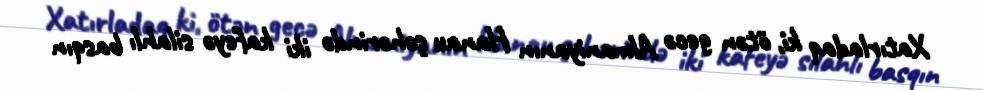
Xatırladaq ki, ötən gecə Almaniyanın Hanau şəhərində iki kafeyə silahlı basqın